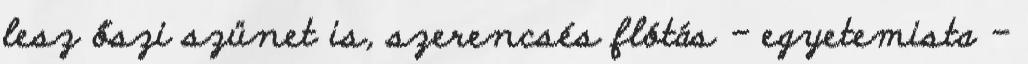
lesz őszi szünet is, szerencsés flótás - egyetemista -